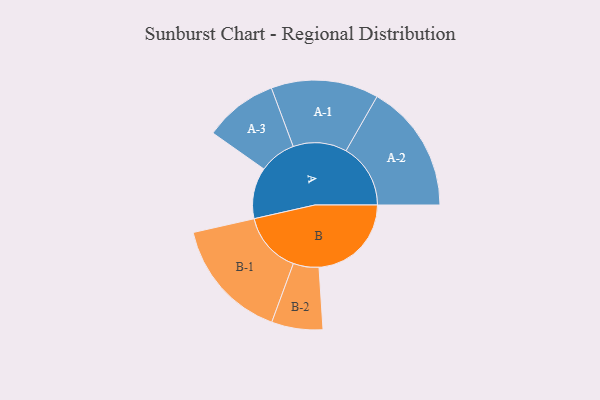
{"axis": {"x": "Segment", "y": "Value"}, "legend": ["", "A", "B"], "data": [{"x": "A", "y": 224, "type": ""}, {"x": "B", "y": 404, "type": ""}, {"x": "A-1", "y": 235, "type": "A"}, {"x": "A-2", "y": 282, "type": "A"}, {"x": "A-3", "y": 161, "type": "A"}, {"x": "B-1", "y": 267, "type": "B"}, {"x": "B-2", "y": 112, "type": "B"}]}